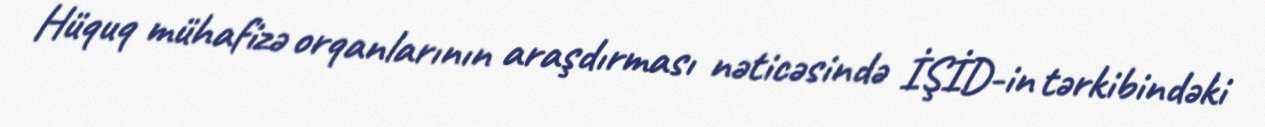
Hüquq mühafizə orqanlarının araşdırması nəticəsində İŞİD-in tərkibindəki